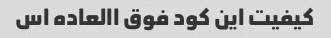
کیفیت این کود فوق االعاده اس